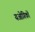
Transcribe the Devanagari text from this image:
यओगिकों